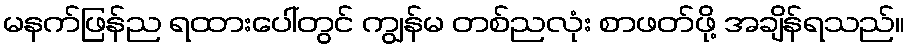
မနက်ဖြန်ည ရထားပေါ်တွင် ကျွန်မ တစ်ညလုံး စာဖတ်ဖို့ အချိန်ရသည်။